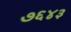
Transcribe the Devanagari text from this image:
७६४३